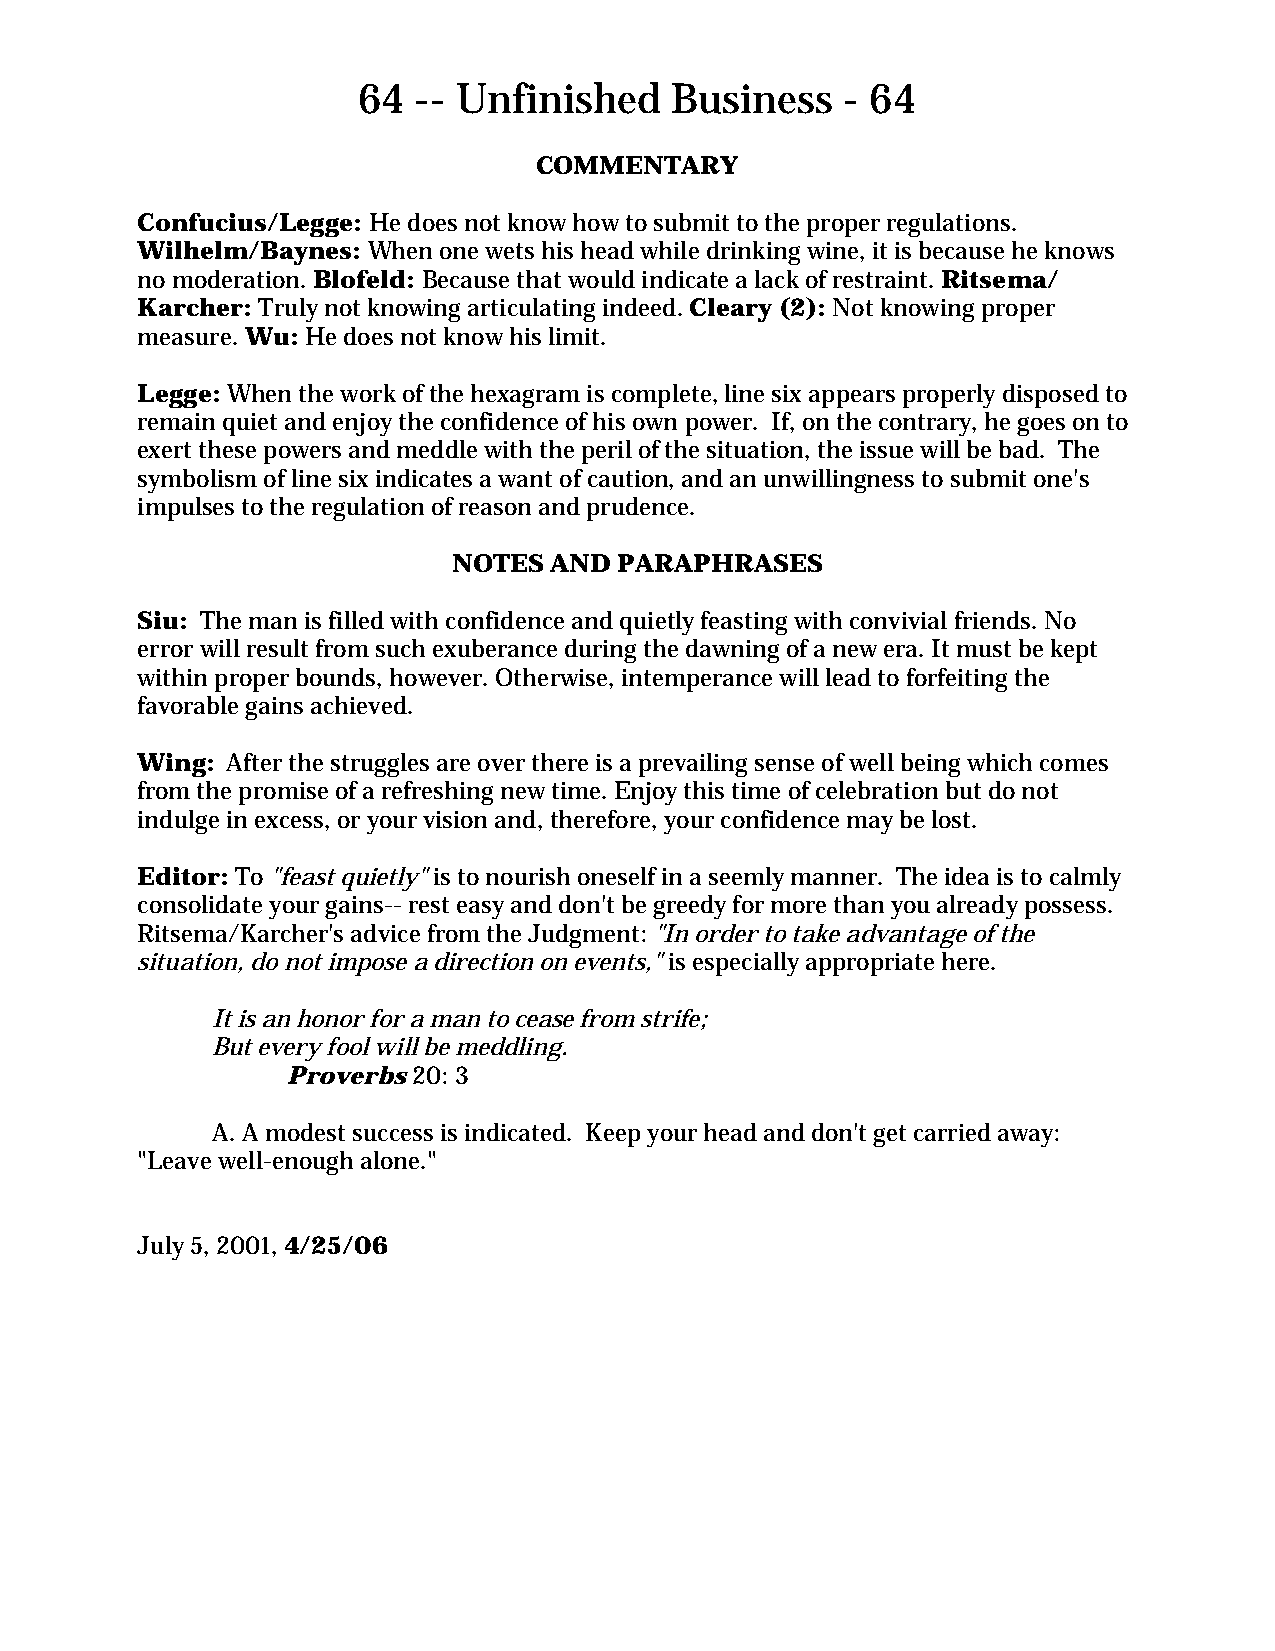
64  -- Unfinished   Business    - 64
 COMMENTARY
 Confucius/Legge: He does not know how to submit to the proper regulations.
 Wilhelm/Baynes: When one wets his head while drinking wine, it is because he knows
 no moderation. Blofeld: Because that would indicate a lack of restraint. Ritsema/
 Karcher: Truly not knowing articulating indeed. Cleary (2): Not knowing proper
 measure. Wu: He does not know his limit.
 Legge: When the work of the hexagram is complete, line six appears properly disposed to
 remain quiet and enjoy the confidence of his own power. If, on the contrary, he goes on to
 exert these powers and meddle with the peril of the situation, the issue will be bad. The
 symbolism of line six indicates a want of caution, and an unwillingness to submit one's
 impulses to the regulation of reason and prudence.
 NOTES AND  PARAPHRASES
 Siu: The man is filled with confidence and quietly feasting with convivial friends. No
 error will result from such exuberance during the dawning of a new era. It must be kept
 within proper bounds, however. Otherwise, intemperance will lead to forfeiting the
 favorable gains achieved.
 Wing: After the struggles are over there is a prevailing sense of well being which comes
 from the promise of a refreshing new time. Enjoy this time of celebration but do not
 indulge in excess, or your vision and, therefore, your confidence may be lost.
 Editor: To "feast quietly" is to nourish oneself in a seemly manner. The idea is to calmly
 consolidate your gains-- rest easy and don't be greedy for more than you already possess.
 Ritsema/Karcher's advice from the Judgment: "In order to take advantage of the
 situation, do not impose a direction on events," is especially appropriate here.
 It is an honor for a man to cease from strife;
 But every fool will be meddling.
 Proverbs 20: 3
 A. A modest success is indicated. Keep your head and don't get carried away:
 "Leave well-enough alone."
 July 5, 2001, 4/25/06